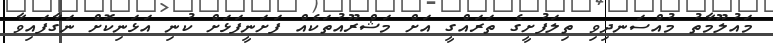
މައުލޫމާތު މުއްސަނދިވި ތިލަފުށީގެ ތަރައްގީ އަށް މަޝްރޫއުތަކެއް ފަށަނީފަޅަށް ކުނި އަޅަނިކޮށް ނަގާފައިވާ